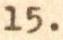
15.